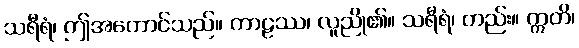
သရီရံ၊ ဤအကောင်သည်။ ကာဠဿ၊ လူညို၏။ သရီရံ၊ တည်း။ ဣတိ၊